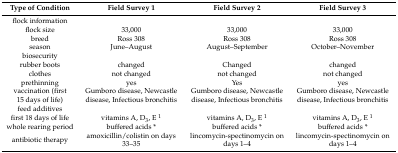
| Type of Condition | Field Survey 1 | Field Survey 2 | Field Survey 3 |
 | --- | --- | --- | --- |
 | flock information |  |  |  |
 | flock size | 33,000 | 33,000 | 33,000 |
 | breed | Ross 308 | Ross 308 | Ross 308 |
 | season | June–August | August–September | October–November |
 | biosecurity |  |  |  |
 | rubber boots | changed | Changed | changed |
 | clothes | not changed | not changed | not changed |
 | prethinning | yes | Yes | yes |
 | vaccination (first 15 days of life) | Gumboro disease, Newcastle disease, Infectious bronchitis | Gumboro disease, Newcastle disease, Infectious bronchitis | Gumboro disease, Newcastle disease, Infectious bronchitis |
 | feed additives |  |  |  |
 | first 18 days of life | vitamins A, D3, E 1 | vitamins A, D3, E 1 | vitamins A, D3, E 1 |
 | whole rearing period | buffered acids * | buffered acids * | buffered acids * |
 | antibiotic therapy | amoxicillin/colistin on days 33–35 | lincomycin-spectinomycin on days 1–4 | lincomycin-spectinomycin on days 1–4 |